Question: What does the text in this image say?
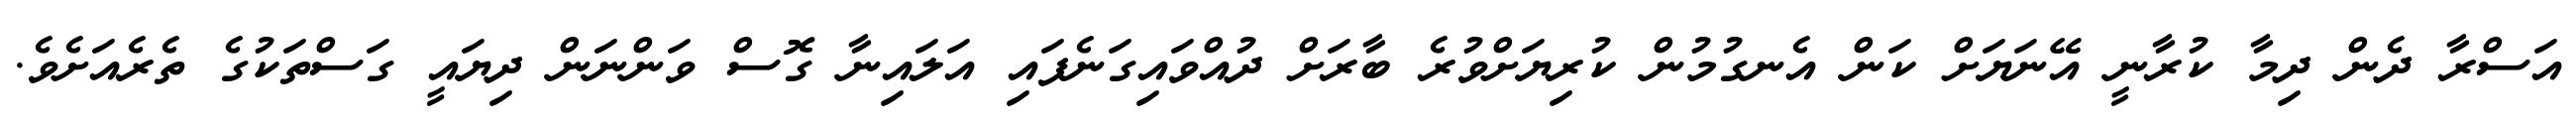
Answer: އަސްރާ ދެން ދިމާ ކުރާނީ އޭނަޔަށް ކަން އެނގުމުން ކުރިޔަށްވުރެ ބާރަށް ދުއްވައިގަނެފައި އަލައިނާ ގޮސް ވަންނަން ދިޔައީ ގަސްތަކުގެ ތެރެއަށެވެ.